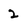
Character: 2